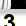
Digit: 3